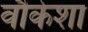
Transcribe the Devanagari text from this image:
वौकेशा